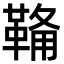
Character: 𮧟